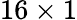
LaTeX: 16\times 1